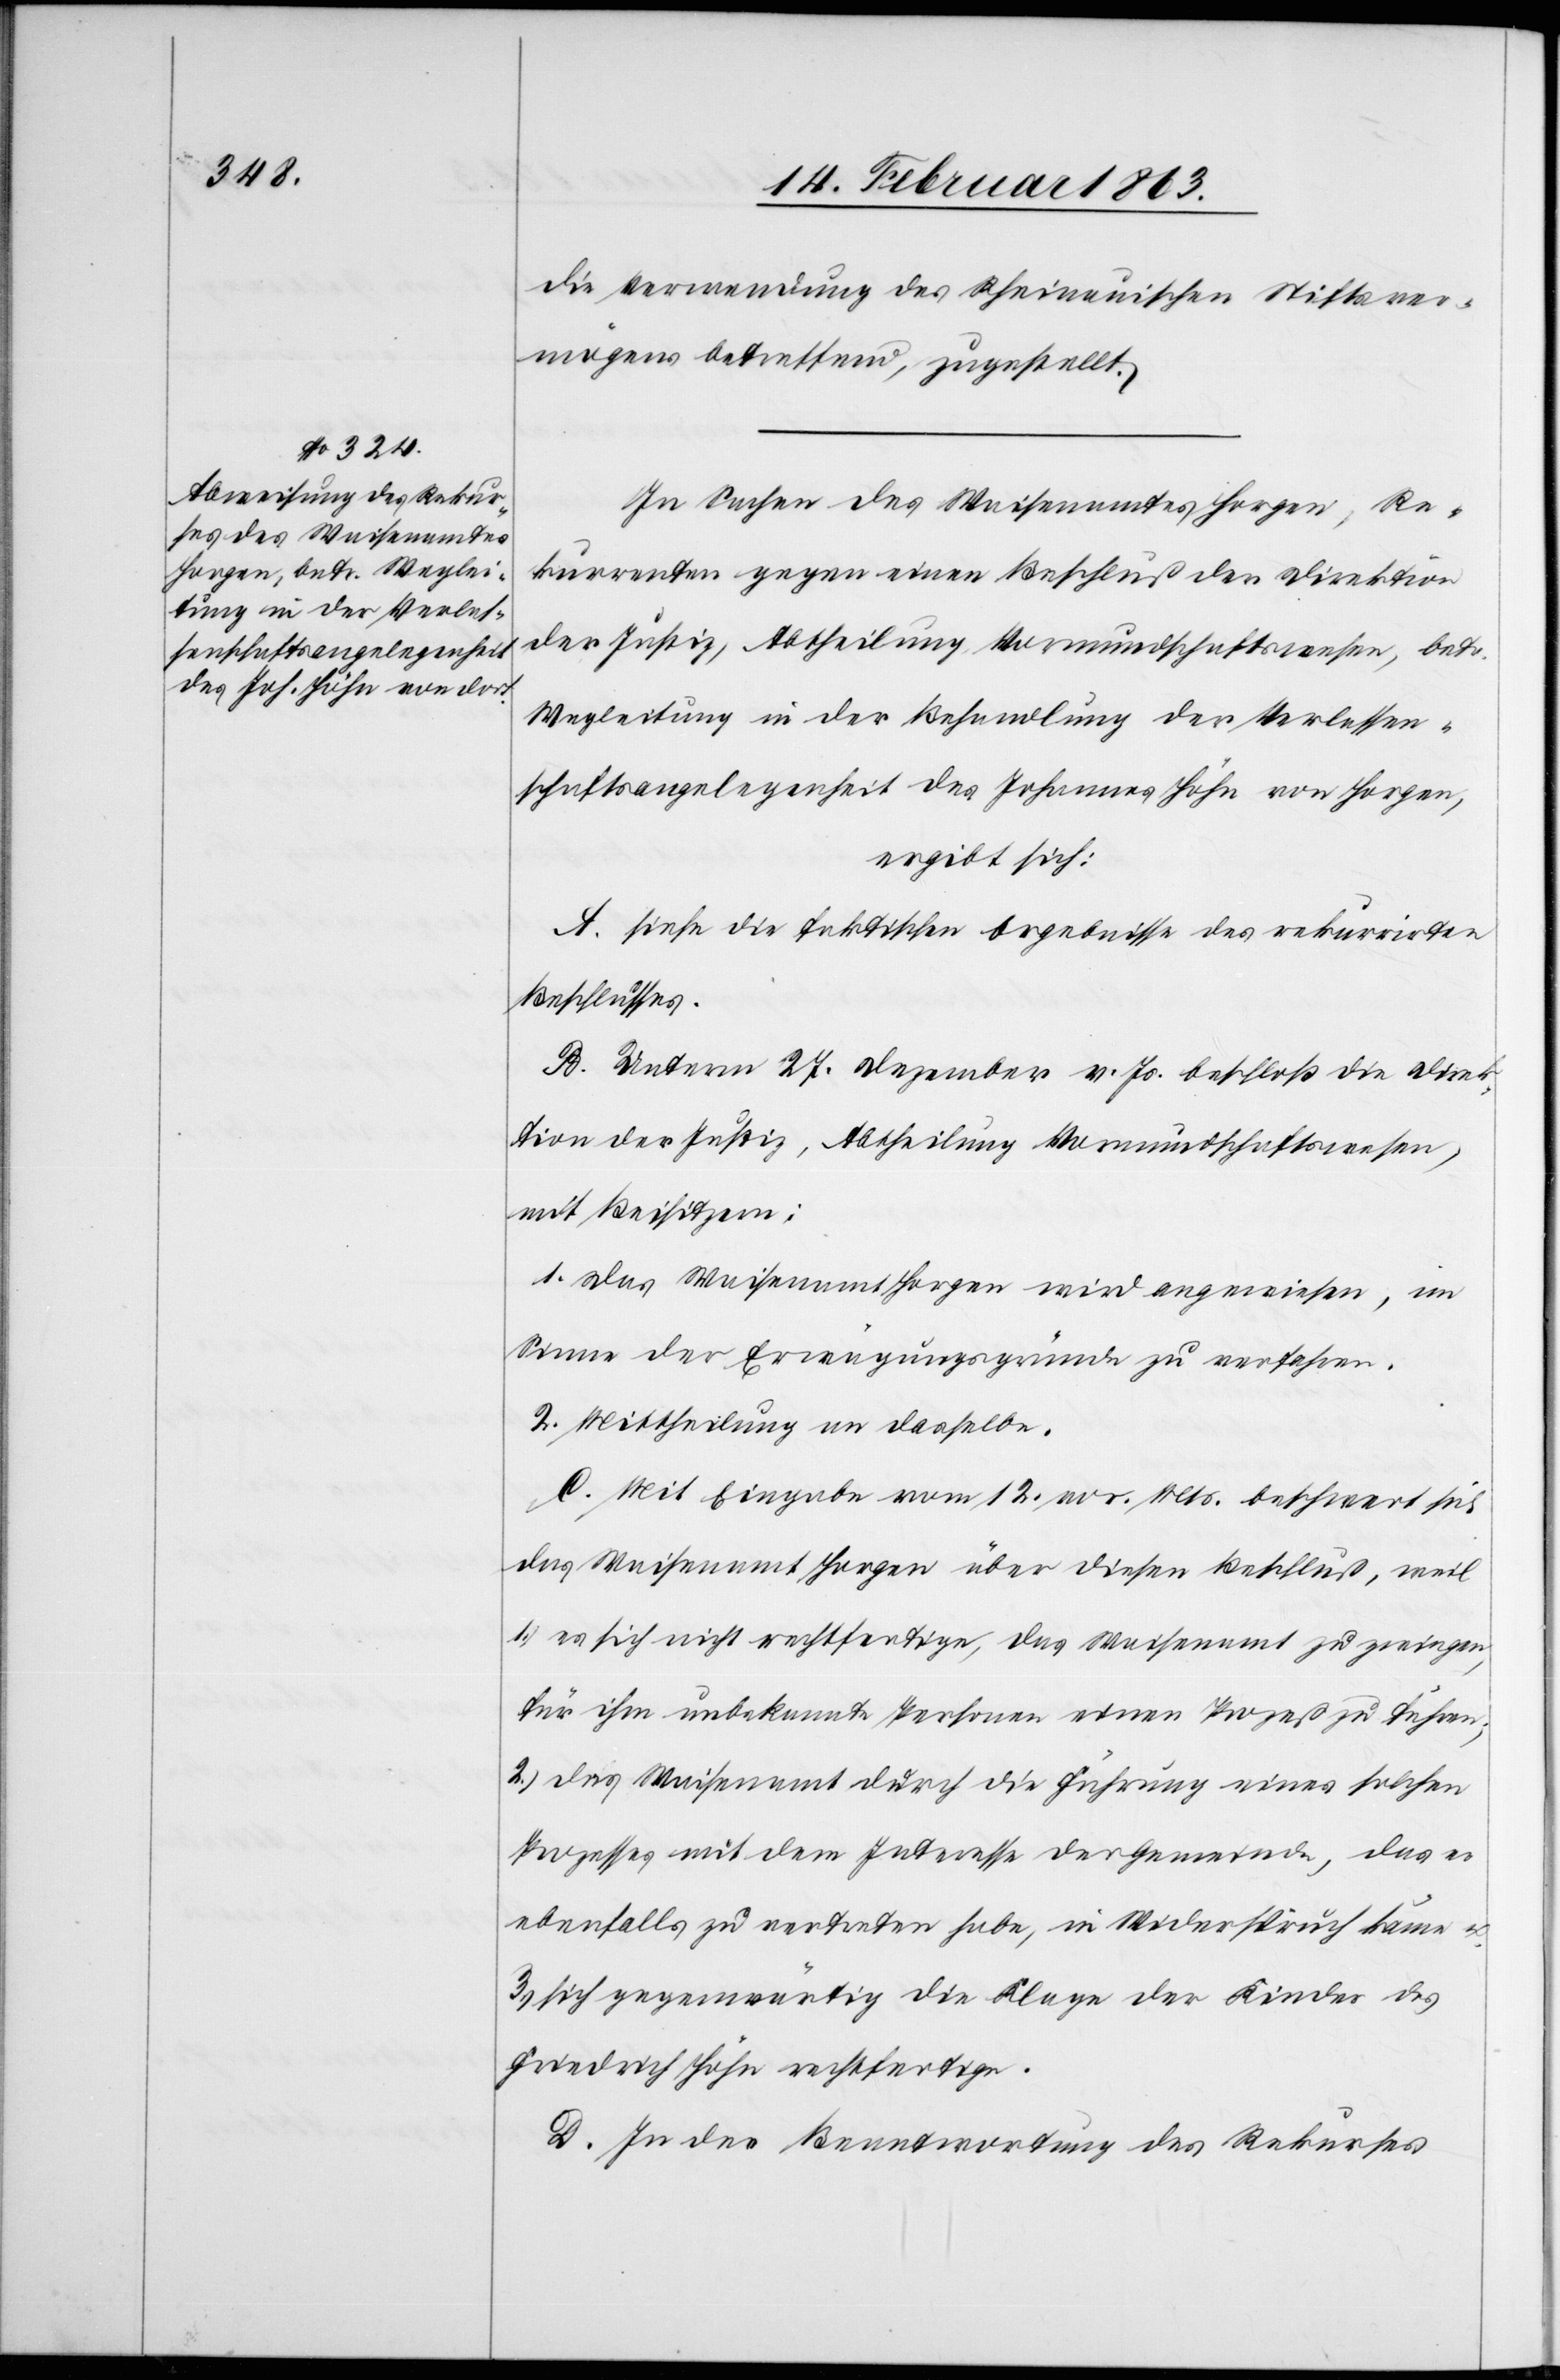
die Verwendung des Rheinauischen Stiftsver¬
mögens betreffend, zugestellt.
In Sachen des Waisenamtes Horgen, Re¬
kurrenten gegen einen Beschluß der Direktion
der Justiz, Abtheilung Vormundschaftswesen, betr.
Wegleitung in der Behandlung der Verlassen¬
schaftsangelegenheit des Johannes Höhn von Horgen,
ergibt sich:
A. siehe die faktischen Ergebnisse des rekurrirten
Beschlusses.
B. Unterm 27. Dezember v. Js. beschloß die Direk¬
tion der Justiz, Abtheilung Vormundschaftswesen,
mit Beisitzern:
1. Das Waisenamt Horgen wird angewiesen, im
Sinne der Erwägungsgründe zu verfahren.
2. Mittheilung an dasselbe.
C. Mit Eingabe vom 12. vor. Mts. beschwert sich
das Waisenamt Horgen über diesen Beschluß, weil
1.) es sich nicht rechtfertige, das Waisenamt zu zwingen,
für ihm unbekannte Personen einen Prozeß zu führen;
2.) das Waisenamt durch die Führung eines solchen
Prozesses mit dem Interesse der Gemeinde, das es
ebenfalls zu vertreten habe, in Widerspruch käme u.
3.) sich gegenwärtig die Klage der Kinder des
Friedrich Höhn rechtfertige.
D. In der Beantwortung des Rekurses